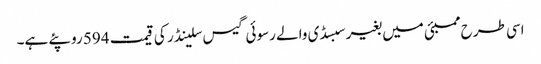
اسی طرح ممبئی میں بغیر سبسڈی والے رسوئی گیس سلینڈر کی قیمت 594 روپئے ہے۔